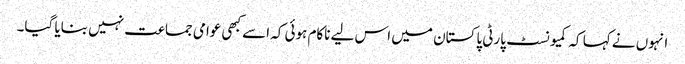
انہوں نے کہا کہ کمیونسٹ پارٹی پاکستان میں اس لیے ناکام ہوئی کہ اسے کبھی عوامی جماعت نہیں بنایا گیا۔